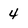
Character: 4